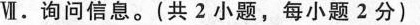
Ⅵ。询问信息。(共2小题，每小题2分)